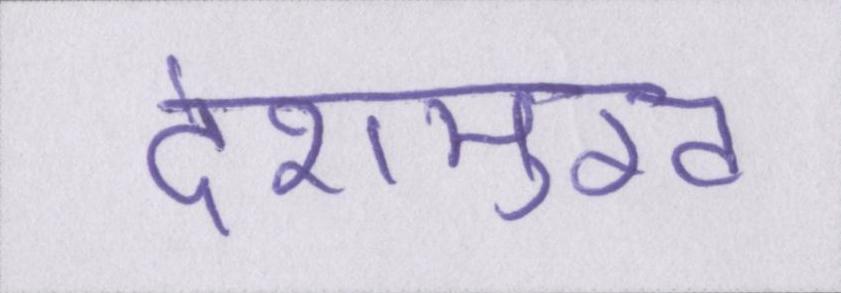
देशमुख